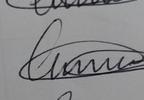
Signature authenticity: genuine